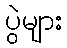
ပွဲများ